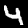
Digit: 4